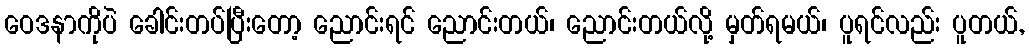
ဝေဒနာကိုပဲ ခေါင်းတပ်ပြီးတော့ ညောင်းရင် ညောင်းတယ်၊ ညောင်းတယ်လို့ မှတ်ရမယ်၊ ပူရင်လည်း ပူတယ်,